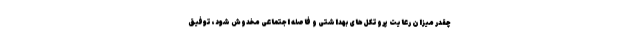
چقدر میزان رعایت پروتکل‌های بهداشتی و فاصله اجتماعی مخدوش شود، توفیق